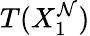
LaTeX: T(X_{1}^{\mathcal{N}})